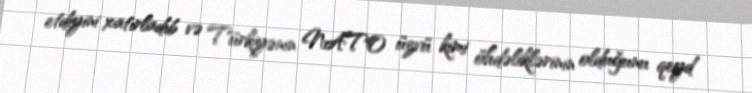
etdiyini xatırladıb və Türkiyənin NATO üzvü kimi öhdəliklərinin olduğunu qeyd